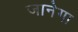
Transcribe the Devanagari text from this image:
जानेगा